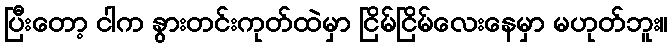
ပြီးတော့ ငါက နွားတင်းကုတ်ထဲမှာ ငြိမ်ငြိမ်လေးနေမှာ မဟုတ်ဘူး။